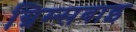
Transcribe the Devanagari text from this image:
ग्रिम्सबाइ